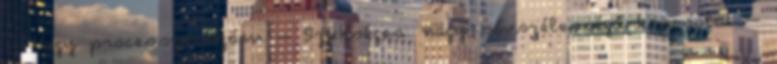
– Nagy processzorszám – Szükséges: nagy sávszélességű kapcsolat –